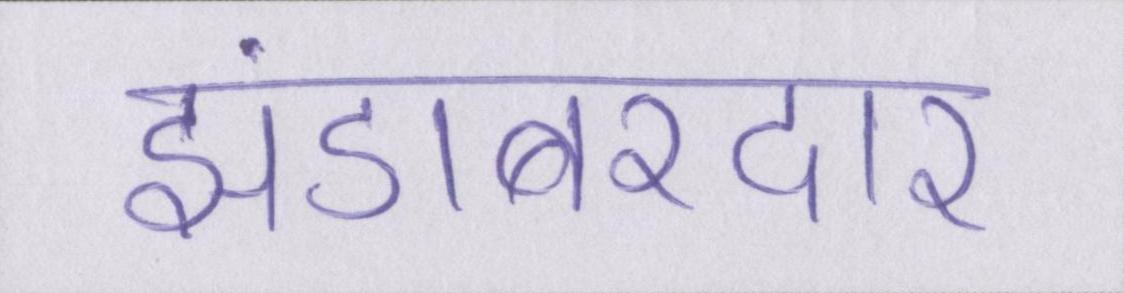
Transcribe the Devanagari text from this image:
झंडाबरदार